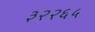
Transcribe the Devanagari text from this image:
३२२६५